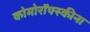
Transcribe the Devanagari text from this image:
कोमोरॉफ्स्कीना